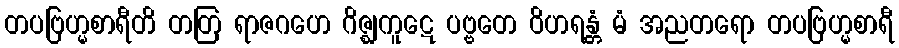
တပဗြဟ္မစာရီတိ တတြ ရာဇဂဟေ ဂိဇ္ဈကူဋေ ပဗ္ဗတေ ဝိဟရန္တံ မံ အညတရော တပဗြဟ္မစာရီ